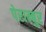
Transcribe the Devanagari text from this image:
पेराम्बुर